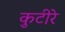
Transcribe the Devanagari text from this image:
कुटीरे